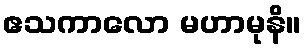
ဧသကာလော မဟာမုနိ။